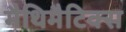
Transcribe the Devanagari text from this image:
मैथिमैटिक्स